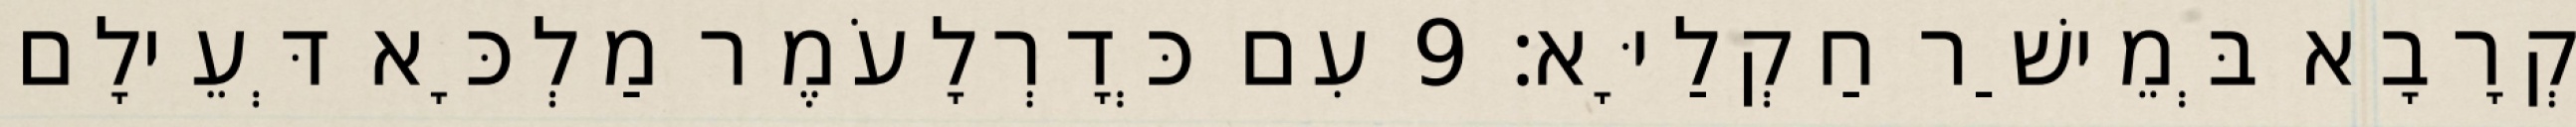
קְרָבָא בְּמֵישַׁר חַקְלַיָּא׃ 9 עִם כְּדָרְלָעֹמֶר מַלְכָּא דְּעֵילָם